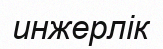
инжерлік